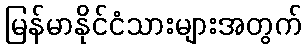
မြန်မာနိုင်ငံသားများအတွက်